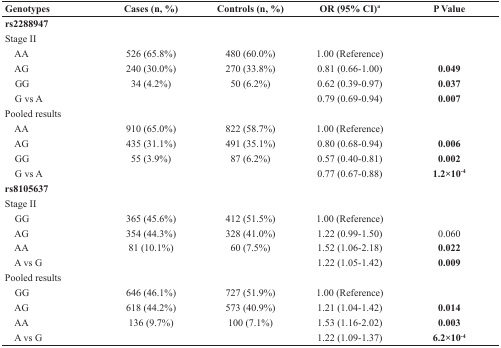
<table><thead><tr><td><b>Genotypes</b></td><td><b>Cases (n, %)</b></td><td><b>Controls (n, %)</b></td><td><b>OR (95% CI)<sup>a</sup></b></td><td><b>P Value</b></td></tr></thead><tbody><tr><td><b>rs2288947</b></td><td></td><td></td><td></td><td></td></tr><tr><td>Stage II</td><td></td><td></td><td></td><td></td></tr><tr><td> AA</td><td>526 (65.8%)</td><td>480 (60.0%)</td><td>1.00 (Reference)</td><td></td></tr><tr><td> AG</td><td>240 (30.0%)</td><td>270 (33.8%)</td><td>0.81 (0.66-1.00)</td><td><b>0.049</b></td></tr><tr><td> GG</td><td>34 (4.2%)</td><td>50 (6.2%)</td><td>0.62 (0.39-0.97)</td><td><b>0.037</b></td></tr><tr><td> G vs A</td><td></td><td></td><td>0.79 (0.69-0.94)</td><td><b>0.007</b></td></tr><tr><td>Pooled results</td><td></td><td></td><td></td><td></td></tr><tr><td> AA</td><td>910 (65.0%)</td><td>822 (58.7%)</td><td>1.00 (Reference)</td><td></td></tr><tr><td> AG</td><td>435 (31.1%)</td><td>491 (35.1%)</td><td>0.80 (0.68-0.94)</td><td><b>0.006</b></td></tr><tr><td> GG</td><td>55 (3.9%)</td><td>87 (6.2%)</td><td>0.57 (0.40-0.81)</td><td><b>0.002</b></td></tr><tr><td> G vs A</td><td></td><td></td><td>0.77 (0.67-0.88)</td><td><b>1.2×10<sup>−4</sup></b></td></tr><tr><td><b>rs8105637</b></td><td></td><td></td><td></td><td></td></tr><tr><td>Stage II</td><td></td><td></td><td></td><td></td></tr><tr><td> GG</td><td>365 (45.6%)</td><td>412 (51.5%)</td><td>1.00 (Reference)</td><td></td></tr><tr><td> AG</td><td>354 (44.3%)</td><td>328 (41.0%)</td><td>1.22 (0.99-1.50)</td><td>0.060</td></tr><tr><td> AA</td><td>81 (10.1%)</td><td>60 (7.5%)</td><td>1.52 (1.06-2.18)</td><td><b>0.022</b></td></tr><tr><td> A vs G</td><td></td><td></td><td>1.22 (1.05-1.42)</td><td><b>0.009</b></td></tr><tr><td>Pooled results</td><td></td><td></td><td></td><td></td></tr><tr><td> GG</td><td>646 (46.1%)</td><td>727 (51.9%)</td><td>1.00 (Reference)</td><td></td></tr><tr><td> AG</td><td>618 (44.2%)</td><td>573 (40.9%)</td><td>1.21 (1.04-1.42)</td><td><b>0.014</b></td></tr><tr><td> AA</td><td>136 (9.7%)</td><td>100 (7.1%)</td><td>1.53 (1.16-2.02)</td><td><b>0.003</b></td></tr><tr><td> A vs G</td><td></td><td></td><td>1.22 (1.09-1.37)</td><td><b>6.2×10<sup>−4</sup></b></td></tr></tbody></table>